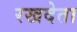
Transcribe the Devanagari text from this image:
रखदेता